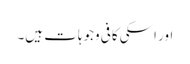
اور اسکی کافی وجوہات ہیں۔